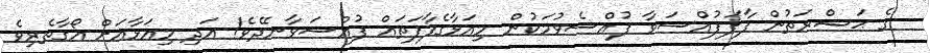
ގެ ޙަޟްރަތުން ފާފަފުއްސަވާ ފުއްސެވުމަކުން މިއަޅާގެފާފަތައް ފުއްސަވާނދޭވެ! އަދި މިއަޅާއަށް އޯގާތެރިވެ